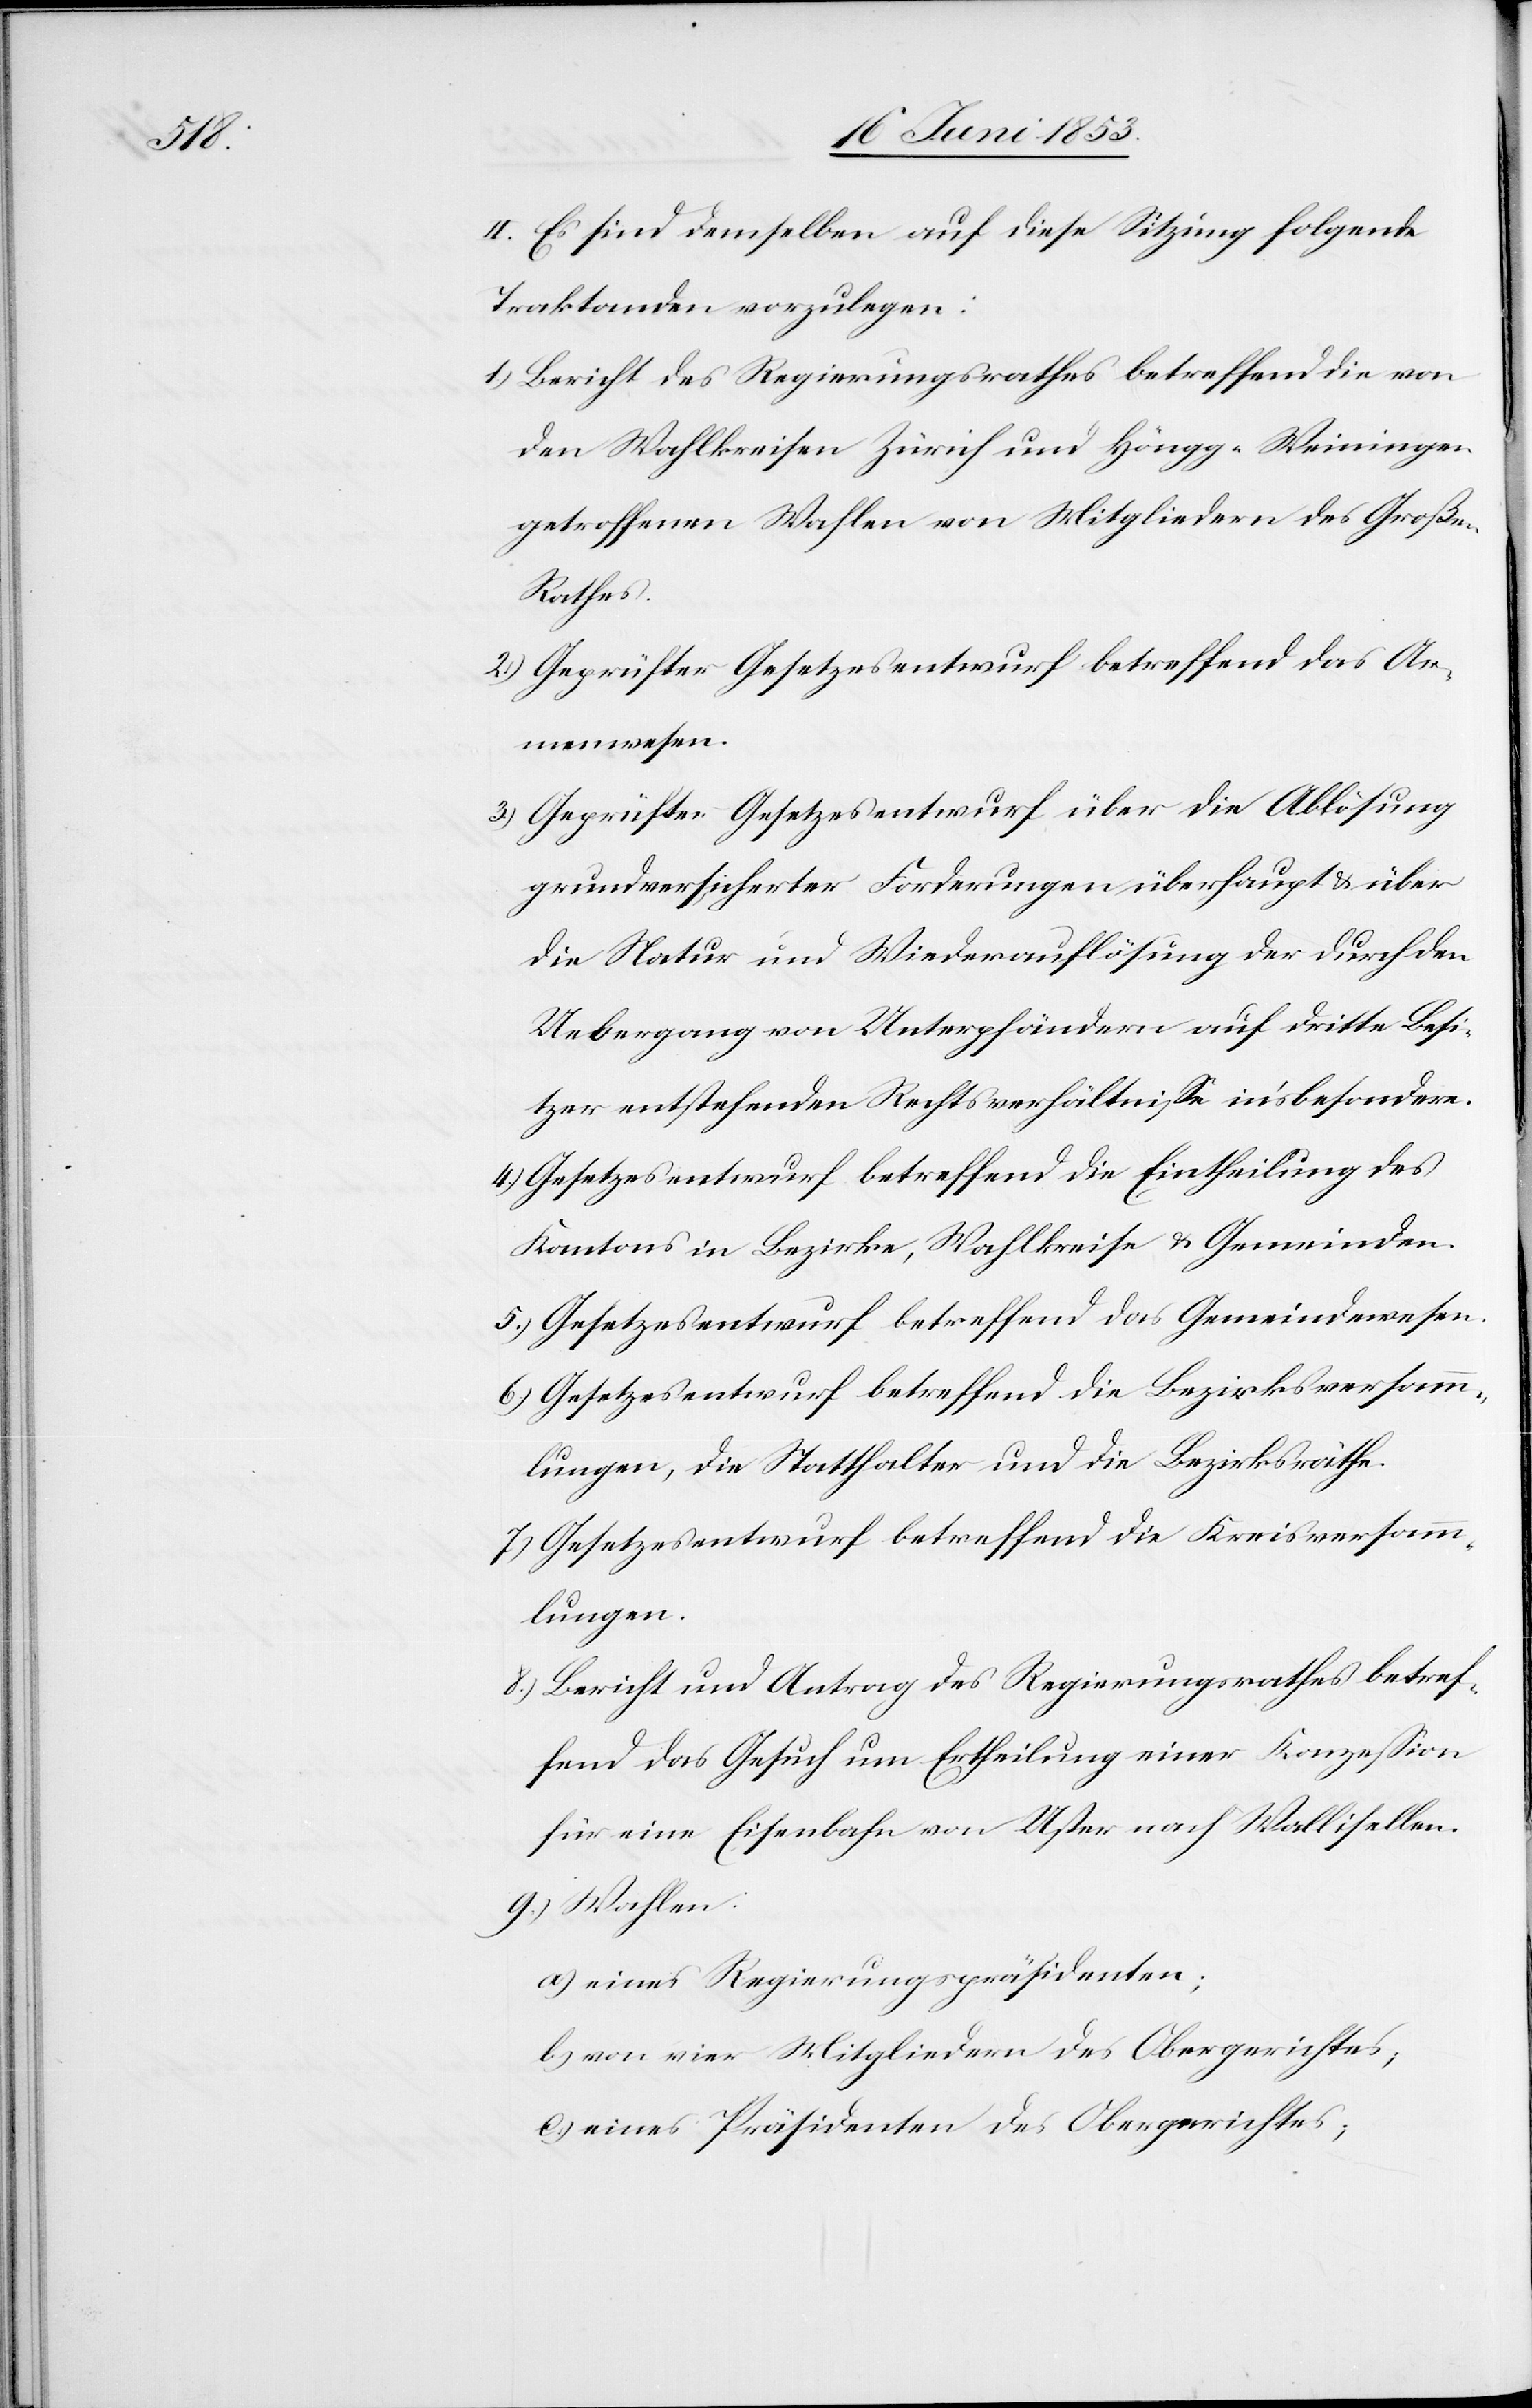
II. Es sind demselben auf diese Sitzung folgende
Traktanden vorzulegen:
1.) Bericht des Regierungsrathes betreffend die von
den Wahlkreisen Zürich und Höngg-Weiningen
getroffenen Wahlen von Mitgliedern des Großen
Rathes.
2.) Geprüfter Gesetzesentwurf betreffend das Ar¬
menwesen.
3.) Geprüfter Gesetzesentwurf über die Ablösung
grundversicherter Forderungen überhaupt u. über
die Natur und Wiederauflösung der durch den
Uebergang von Unterpfändern auf dritte Besi¬
tzer entstehenden Rechtsverhältniße in’sbesondere
4.) Gesetzesentwurf betreffend die Eintheilung des
Kantons in Bezirke, Wahlkreise u. Gemeinden.
5.) Gesetzesentwurf betreffend das Gemeindwesen.
6.) Gesetzesentwurf betreffend die Bezirksversamm¬
lungen, die Statthalter und die Bezirksräthe.
7.) Gesetzesentwurf betreffend die Kreisversamm¬
lungen.
8.) Bericht und Antrag des Regierungsrathes betref¬
fend das Gesuch um Ertheilung einer Konzeßion
für eine Eisenbahn von Uster nach Wallisellen.
9.) Wahlen:
a) eines Regierungspräsidenten;
b) von vier Mitgliedern des Obergerichtes;
c) eines Präsidenten des Obergerichtes;